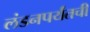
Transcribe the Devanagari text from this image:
लंडनपर्यंतची